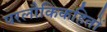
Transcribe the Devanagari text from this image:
परलौकिकहितों